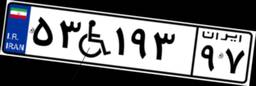
۵۳W۱۹۳۹۷